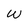
Character: W